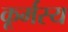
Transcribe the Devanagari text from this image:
कूर्मस्य